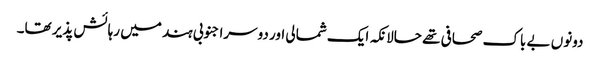
دونوں بے باک صحافی تھے حالانکہ ایک شمالی اور دوسرا جنوبی ہند میں رہائش پذیر تھا۔